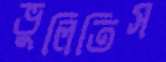
ভুলিতিস